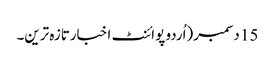
15 دسمبر(اُردو پوائنٹ اخبارتازہ ترین۔